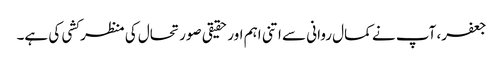
جعفر، آپ نے کمال روانی سے اتنی اہم اور حقیقی صورتحال کی منظر کشی کی ہے۔